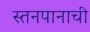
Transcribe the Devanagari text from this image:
स्तनपानाची